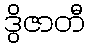
ဒွိဇာတီ